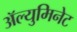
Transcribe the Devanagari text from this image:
ॲल्युमिनेट